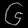
Digit: ၆